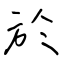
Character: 於